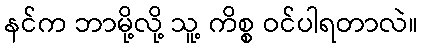
နင်က ဘာမို့လို့ သူ့ ကိစ္စ ဝင်ပါရတာလဲ။